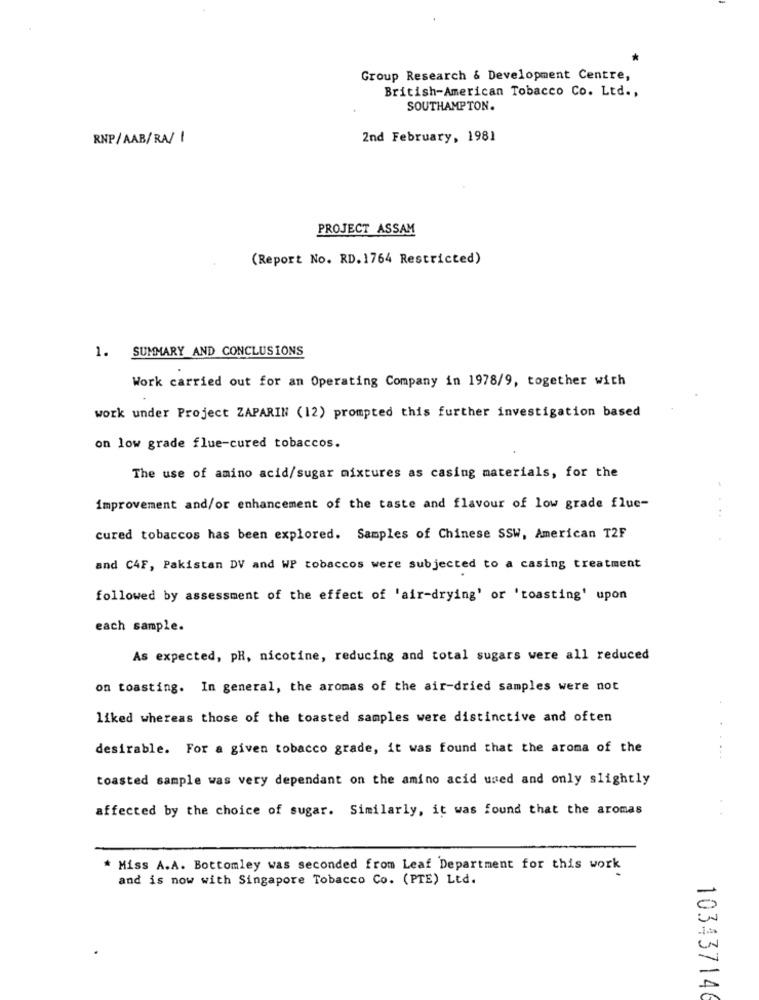
Group Research & Development Centre,
British-American Tobacco Co. Ltd .,
SOUTHAMPTON.
RNP/AAB/RA/ 1
2nd February, 1981
PROJECT ASSAM
(Report No. RD.1764 Restricted)
1. SUMMARY AND CONCLUSIONS
Work carried out for an Operating Company in 1978/9, together with
work under Project ZAPARIN (12) prompted this further investigation based
on low grade flue-cured tobaccos.
The use of amino acid/sugar mixtures as casing materials, for the
improvement and/or enhancement of the taste and flavour of low grade fluc-
cured tobaccos has been explored. Samples of Chinese SSW, American T2F
and C4F, Pakistan DV and WP tobaccos were subjected to a casing treatment
followed by assessment of the effect of 'air-drying' or 'toasting' upon
each sample.
As expected, pH, nicotine, reducing and total sugars were all reduced
on toasting. In general, the aromas of the air-dried samples were not
liked whereas those of the toasted samples were distinctive and often
desirable. For a given tobacco grade, it was found that the aroma of the
toasted sample was very dependant on the amino acid used and only slightly
affected by the choice of sugar. Similarly, it was found that the aromas
* Miss A.A. Bottomley was seconded from Leaf Department for this work
and is now with Singapore Tobacco Co. (PTE) Ltd.
103437146